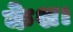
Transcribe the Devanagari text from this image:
केश।